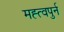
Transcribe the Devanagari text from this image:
मह्त्वपुर्न